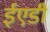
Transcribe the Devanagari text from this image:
ईएडी